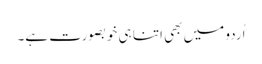
اُردو میں بھی اتنا ہی خوبصورت ہے۔